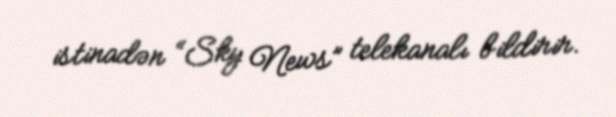
istinadən “Sky News” telekanalı bildirir.